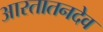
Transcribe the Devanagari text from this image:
आरतातनदेव